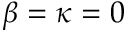
\beta = \kappa = 0